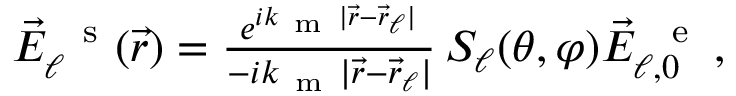
\begin{array} { r } { \vec { E } _ { \ell } ^ { \mathrm { ~ \, ~ s ~ } } ( \vec { r } ) = \frac { e ^ { i k _ { \mathrm { ~ m ~ } } | \vec { r } - \vec { r } _ { \ell } | } } { - i k _ { \mathrm { ~ m ~ } } | \vec { r } - \vec { r } _ { \ell } | } \, S _ { \ell } ( \theta , \varphi ) \vec { E } _ { \ell , 0 } ^ { \mathrm { ~ \, ~ e ~ } } \, \! \! \, \! \, \, \! \, \, \! \! \, \! \, \, \! \! \, \! \! \, \! \, \, \! \! \, \! \! \, \! \, \, \! \, \, \! \! \, \! \, \, \! \! \, \! \! \, \! \, \, \! \, \, \! \! \, \! \, \, \! \, \, \! \! \, \! \, \, \! \! \, \! \! \, \! \, \, \! \, \, \! \! \, \! \, \, \! \, \, \! \! , } \end{array}